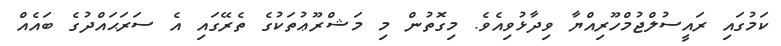
ކަމުގައި ރައީސުލްޖުމްހޫރިއްޔާ ވިދާޅުވިއެވެ. މިގޮތުން މި މަޝްރޫޢުތަކުގެ ތެރޭގައި އެ ސަރަޙައްދުގެ ބައެއް